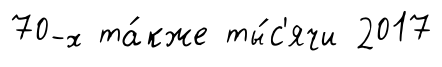
70-х та́кже ты́с'ячи 2017